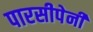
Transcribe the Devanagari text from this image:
पारसीपेनी